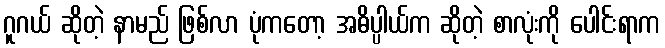
ဂူဂယ် ဆိုတဲ့ နာမည် ဖြစ်လာ ပုံကတော့ အဓိပ္ပါယ်က ဆိုတဲ့ စာလုံးကို ပေါင်းရာက